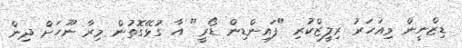
ޑިޒްނީން މިއަހަރު ރިލީޒްކުރި "ފައިންޑިން ޑޯރީ" އާ ގުޅޭގޮތުން މިރާ ނޫހަށް ދިން